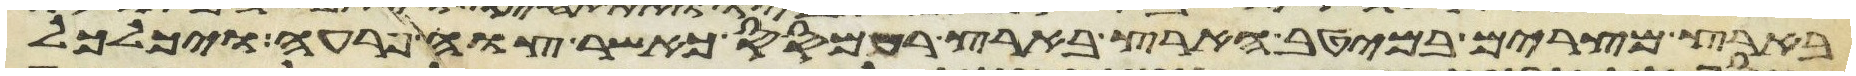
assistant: בארץ מצרים במיטב הארץ בארץ רעמסס כאשר צוה פרעה ויכלכל